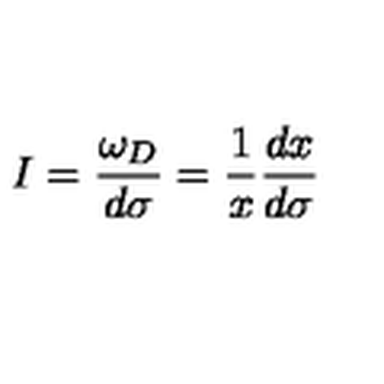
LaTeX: I = \frac { \omega _ { D } } { d \sigma } = \frac { 1 } { x } \frac { d x } { d \sigma }